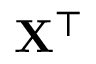
{ \bf X ^ { \top } }